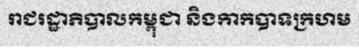
រាជរដ្ឋាភិបាលកម្ពុជា និងកាកបាទក្រហម